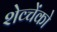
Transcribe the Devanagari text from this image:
शेव्चेंको